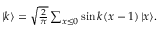
\begin{array} { r } { | k \rangle = \sqrt { \frac { 2 } { \pi } } \sum _ { x \leq 0 } \sin { k ( x - 1 ) } \, | x \rangle . } \end{array}